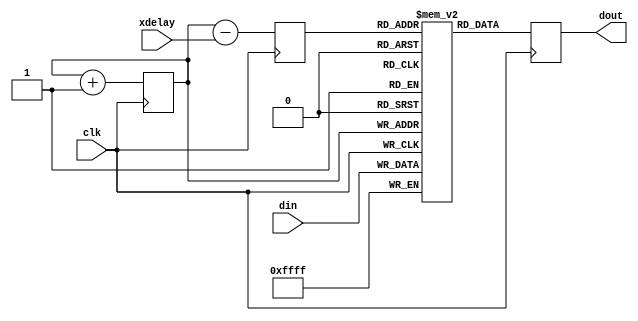
`timescale 1ns / 1ps
//////////////////////////////////////////////////////////////////////////////////
// Company: ITEP
// 
// Design Name: 	chanfpga
// Module Name:     xdelay 
// Project Name: 	uwfd64
// Target Devices:  xc6lsx45t
// Tool versions: 
// Description: 	circular buffer for summing delay
//
// Dependencies: 
//
// Revision: 
// Revision 0.01 - File Created
// Additional Comments: 
//
//////////////////////////////////////////////////////////////////////////////////
module xdelay #(
		parameter		DBITS		= 5	// number of bits in delay line addr, need at least 5 for numbers as large as 23
		)(
		input [15:0] din,
		output reg [15:0] dout,
		input clk,
		input [DBITS-1:0] xdelay
		);
	
	reg [15:0] 				dbuf [2**DBITS-1:0];	// buffer itself
	reg [DBITS-1:0]			db_waddr = 0;			// write address	
	reg [DBITS-1:0]			db_raddr = 0;			// read address	

//		Delay local result	
	always @ (posedge clk) begin
		dbuf[db_waddr] <= din;
		db_waddr <= db_waddr + 1;
		db_raddr <= db_waddr - xdelay;	// raddr is less then waddr at least by 1
		dout <= dbuf[db_raddr];
	end

endmodule